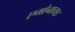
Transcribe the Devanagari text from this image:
एमोनायड